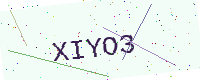
Text: XIYO3